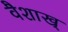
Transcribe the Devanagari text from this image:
वैशाख्